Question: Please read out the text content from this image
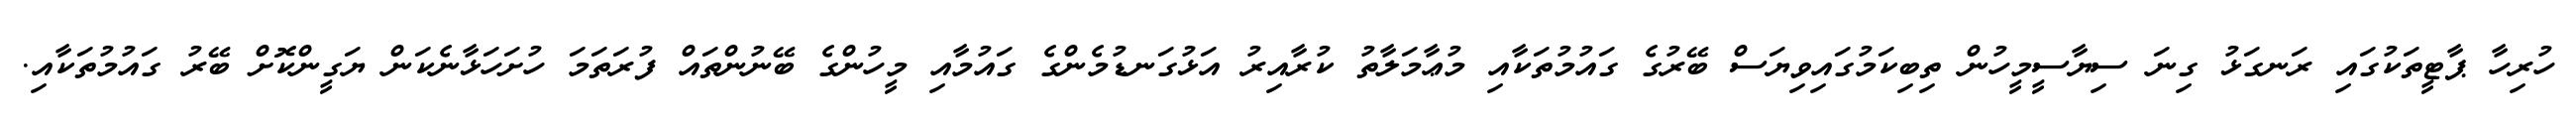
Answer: ހުރިހާ ޕާޓީތަކުގައި ރަނގަޅު ގިނަ ސިޔާސީމީހުން ތިބިކަމުގައިވިޔަސް ބޭރުގެ ގައުމުތަކާއި މުޢާމަލާތު ކުރާއިރު އަޅުގަނޑުމެންގެ ގައުމާއި މީހުންގެ ބޭނުންތައް ފުރަތަމަ ހުށަހަޅާނެކަން ޔަގީންކޮށް ބޭރު ގައުމުތަކާއި.